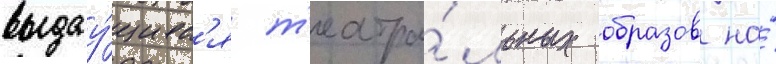
выдау́щихс'я т'еатра́льных образов на́